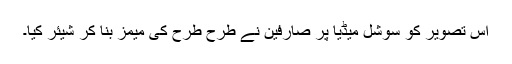
اس تصویر کو سوشل میڈیا پر صارفین نے طرح طرح کی میمز بنا کر شیئر کیا۔